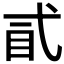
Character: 𢎈